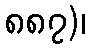
၈၈၇)၊